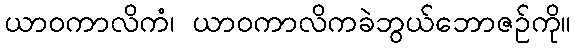
ယာဝကာလိကံ၊ ယာဝကာလိကခဲဘွယ်ဘောဇဉ်ကို။